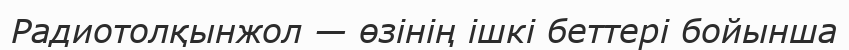
Радиотолқынжол — өзінің ішкі беттері бойынша